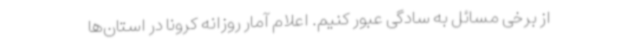
از برخی مسائل به سادگی عبور کنیم. اعلام آمار روزانه کرونا در استان‌ها